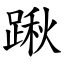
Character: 踿